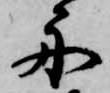
舟